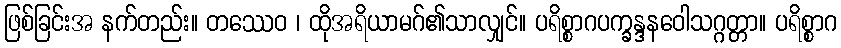
ဖြစ်ခြင်းအ နက်တည်း။ တဿေဝ ၊ ထိုအရိယာမဂ်၏သာလျှင်။ ပရိစ္စာဂပက္ခန္ဒနဝေါသဂ္ဂတ္တာ။ ပရိစ္စာဂ